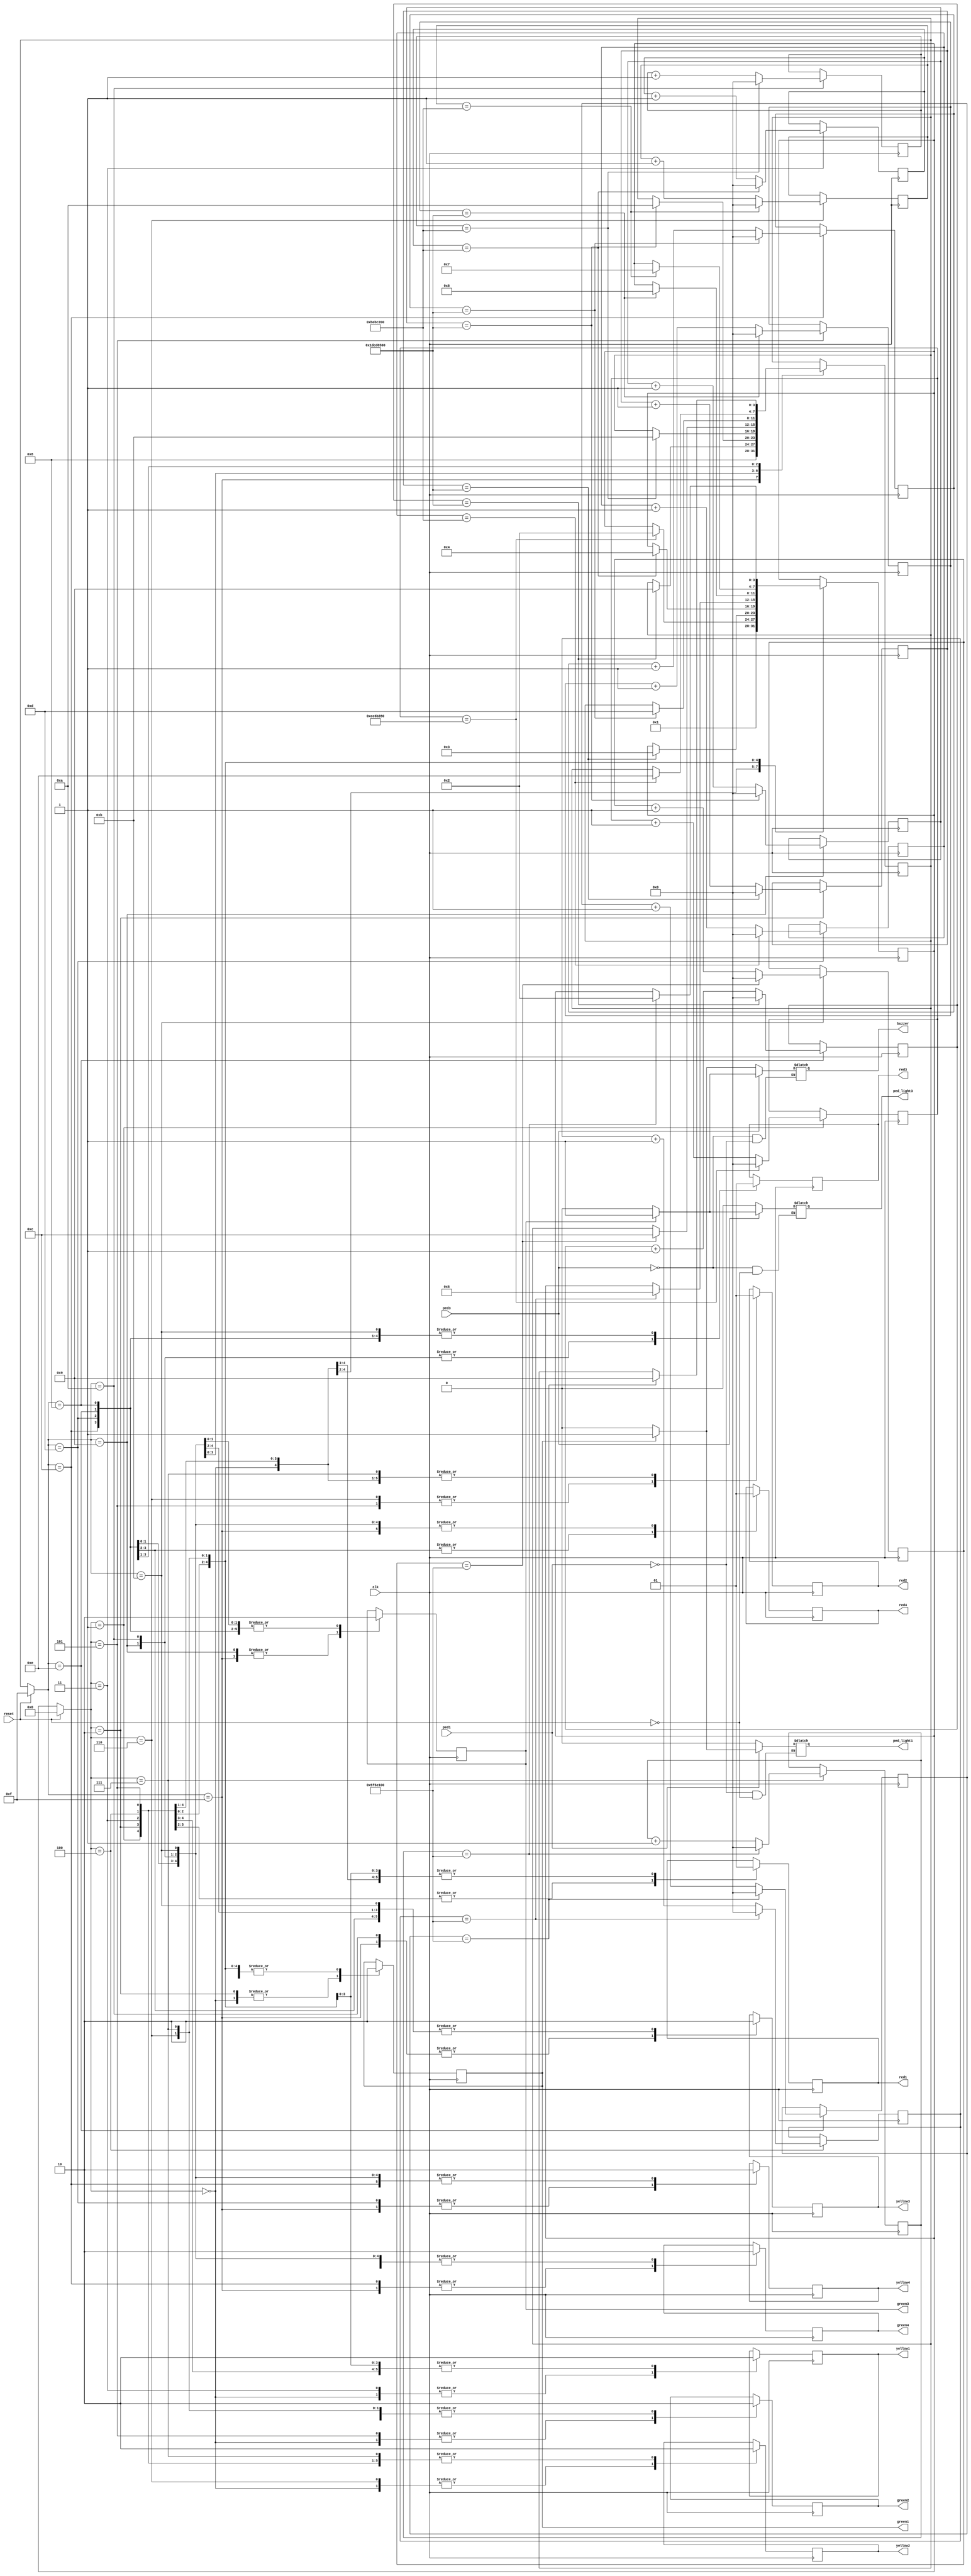
module traffic_lights(clk,
                      reset,
                      red1,
                      green1,
                      yellow1,
                      red2,
                      green2,
                      yellow2,
                      red3,
                      green3,
                      yellow3,
                      red4,
                      green4,
                      yellow4,
                      ped_light1,
                      ped_light3,
                      ped1,
                      ped3,
                      buzzer);

  //==================================================================================================================
  //													     PORT LIST
  //==================================================================================================================

  input clk,reset,ped1,ped3;  
  output reg red1,green1,yellow1;
  output reg red2,green2,yellow2;
  output reg red3,green3,yellow3;
  output reg red4,green4,yellow4;
  output reg ped_light1;
  output reg ped_light3;
  output reg buzzer;


  reg [3:0] state1, nextstate1,state2,nextstate2;
  reg [31:0] counter = 6'b000000;
  reg [31:0] first_counter = 31'b000000;
  reg [31:0] second_counter = 31'b000000;
  reg [31:0] third_counter = 31'b000000;
  reg [31:0] fourth_counter = 31'b000000;
  reg [31:0] fifth_counter = 31'b000000;
  reg [31:0] sixth_counter = 31'b000000;
  reg [31:0] seventh_counter = 31'b000000;
  reg [31:0] eighth_counter = 31'b000000;
  reg [31:0] ninth_counter = 31'b000000;
  reg [31:0] tenth_counter = 31'b000000;
  reg [31:0] eleven_counter = 31'b000000;
  reg [31:0] twelfth_counter = 31'b000000;
  reg [31:0] thirteen_counter = 31'b000000;
  reg [31:0] fourteen_counter = 31'b000000;


  localparam ST_RESET = 6'h0;
  localparam ST_FIRST = 6'h1;
  localparam ST_SECOND = 6'h2;
  localparam ST_THIRD = 6'h3;
  localparam ST_FOURTH = 6'h4;
  localparam ST_FIFTH = 6'h5;
  localparam ST_SIXTH = 6'h6;
  localparam ST_SEVENTH = 6'h7;
  localparam ST_EIGHT = 6'h8;
  localparam ST_NINE = 6'h9;
  localparam ST_TEN = 6'hA;
  localparam ST_ELEVEN = 6'hB;
  localparam ST_TWELVE = 6'hC;
  localparam ST_THIRTEEN = 6'hD;
  localparam ST_FOURTEEN = 6'hE;
  localparam ST_RESET2 = 6'hF;

  always @(*) begin
    if(reset) begin
      ped_light1 = 0; 
      ped_light3 =0;
      state1 <= ST_RESET;
      state2 <= ST_RESET2;
    end else begin
      state1 <= nextstate1;
      state2 <= nextstate2;
    end
    if (ped1 == 1) begin
      if (green1 == 1) begin
        ped_light1 = 1;
        buzzer=1;
      end else begin
        ped_light1 = 0;
        buzzer=0;

      end
    end
    if (ped3 == 1) begin
      if (green3 == 1) begin
        ped_light3 = 1;
        buzzer=1;
      end else begin
        ped_light3 = 0;
        buzzer=0;

      end
    end
  end


  //1st Intersection

  always @ (posedge clk) begin
    case(state1) 
      ST_RESET:
        begin
          red1 = 1; yellow1 = 1; green1 = 1;   
          red2 = 1; yellow2 = 1; green2 = 1;
          nextstate1 = ST_FIRST;
        end
      ST_FIRST: // 1st Intersection signals are made red   
        begin
          red1 = 1; yellow1 = 0; green1 = 0;   
          red2 = 1; yellow2 = 0; green2 = 0;
          if(first_counter == 250000000)begin
            first_counter = 0;
            nextstate1 = ST_SECOND;
          end else first_counter = first_counter + 1;
        end
      ST_SECOND: //1st Signal becomes green  
        begin 
          red1 = 0; yellow1 = 0; green1 = 1;
          red2 = 1; yellow2 = 0; green2 = 0;
          if(second_counter == 500000000) begin 
            second_counter = 0;
            nextstate1 = ST_THIRD;
          end else second_counter = second_counter + 1;
        end

      ST_THIRD: // Signal 1 becomes yellow 
        begin 
          red1 = 0; yellow1 = 1; green1 = 0;
          red2 = 1; yellow2 = 0; green2 = 0;
          if(third_counter == 200000000) begin 
            third_counter = 0; 
            nextstate1 = ST_FOURTH;
          end else third_counter= third_counter + 1;
        end

      ST_FOURTH: // Singal 1 becomes red and both signals remain red for a brief time
        begin 
          red1 = 1; yellow1 = 0; green1 = 0;   
          red2 = 1; yellow2 = 0; green2 = 0;
          if(fourth_counter == 100000000) begin 
            fourth_counter=0;
            nextstate1 = ST_FIFTH;					
          end else fourth_counter= fourth_counter + 1;
        end

      ST_FIFTH:
        begin // Signal 2 becomes green 
          red1 = 1; yellow1 = 0; green1 = 0;   
          red2 = 0; yellow2 = 0; green2 = 1;
          if(fifth_counter == 500000000) begin 
            fifth_counter = 0; 
            nextstate1 = ST_SIXTH;
          end else fifth_counter= fifth_counter + 1;
        end


      ST_SIXTH: // Signal 2 becomes yellow
        begin
          red1 = 1; yellow1 = 0; green1 = 0;   
          red2 = 0; yellow2 = 1; green2 = 0;
          if(sixth_counter == 200000000) begin //Signal 4 and 2 turn red 
            sixth_counter=0;
            nextstate1 = ST_SEVENTH;					
          end else sixth_counter= sixth_counter + 1;
        end

      ST_SEVENTH: // 1st Intersection signals are made red   
        begin
          red1 = 1; yellow1 = 0; green1 = 0;   
          red2 = 1; yellow2 = 0; green2 = 0;
          if(seventh_counter == 100000000)begin
            seventh_counter = 0;
            nextstate1 = ST_SECOND;
          end else seventh_counter = seventh_counter + 1;
        end
    endcase
  end

  always @ (posedge clk) begin
    case(state2) 
      ST_RESET2:
        begin
          red3 = 1; yellow3 = 1; green3 = 1;   
          red4 = 1; yellow4 = 1; green4 = 1;
          nextstate2 = ST_EIGHT;
        end

      ST_EIGHT: // 3rd and 4th signal become red  
        begin
          red3 = 1; yellow3 = 0; green3 = 0;   
          red4 = 1; yellow4 = 0; green4 = 0;
          if(eighth_counter == 500000000)begin
            eighth_counter = 0;
            nextstate2 = ST_NINE;
          end else eighth_counter = eighth_counter + 1;
        end

      ST_NINE:  
        begin 
          red3 = 0; yellow3 = 0; green3 = 1;
          red4 = 1; yellow4 = 0; green4 = 0;
          if(ninth_counter == 500000000) begin 
            ninth_counter = 0;
            nextstate2 = ST_TEN;
          end else ninth_counter = ninth_counter + 1;
        end

      ST_TEN: 
        begin 
          red3 = 0; yellow3 = 1; green3 = 0;
          red4 = 1; yellow4 = 0; green4 = 0;
          if(tenth_counter == 200000000) begin 
            tenth_counter = 0; 
            nextstate2 = ST_ELEVEN;
          end else tenth_counter = tenth_counter + 1;
        end

      ST_ELEVEN: 
        begin 
          red3 = 1; yellow3 = 0; green3 = 0;   
          red4 = 1; yellow4 = 0; green4 = 0;
          if(eleven_counter == 100000000) begin  
            eleven_counter=0;
            nextstate2 = ST_TWELVE;
          end else eleven_counter = eleven_counter + 1;
        end

      ST_TWELVE:
        begin 
          red3 = 1; yellow3 = 0; green3 = 0;   
          red4 = 0; yellow4 = 0; green4 = 1;
          if(twelfth_counter == 500000000) begin 
            twelfth_counter = 0; 
            nextstate2 = ST_THIRTEEN;
          end else twelfth_counter = twelfth_counter + 1;
        end

      ST_THIRTEEN: 
        begin 
          red3 = 1; yellow3 = 0; green3 = 0;   
          red4 = 0; yellow4 = 1; green4 = 0;
          if(thirteen_counter == 200000000) begin 
            thirteen_counter=0;
            nextstate2 = ST_FOURTEEN;					
          end else thirteen_counter = thirteen_counter + 1;
        end

      ST_FOURTEEN: // 3rd and 4th signal become red  
        begin
          red3 = 1; yellow3 = 0; green3 = 0;   
          red4 = 1; yellow4 = 0; green4 = 0;
          if(fourteen_counter == 100000000)begin
            fourteen_counter = 0;
            nextstate2 = ST_NINE;
          end else fourteen_counter = fourteen_counter + 1;
        end
    endcase
  end

endmodule